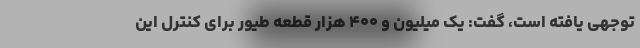
توجهی یافته است، گفت: یک میلیون و ۴۰۰ هزار قطعه طیور برای کنترل این